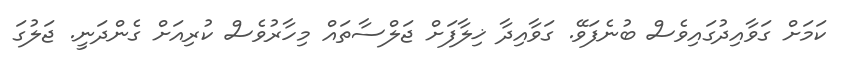
ކަމަށް ގަވާއިދުގައިވެސް ބުނެފަވޭ. ގަވާއިދާ ޚިލާފަށް ޖަލްސާތައް މިހާރުވެސް ކުރިއަށް ގެންދަނީ. ޖަލުގަ